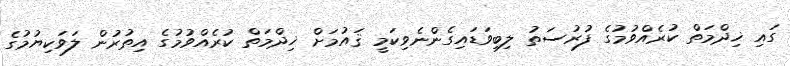
ގައި ޚިދްމަތް ކުރެއްވުމުގެ ފުރުސަތު ލިބިވަޑައިގެންނެވިކަމީ ޤައުމަށް ޚިދްމަތް ކުރެއްވުމުގެ އިތުރުން ލަވަކިޔުމުގެ